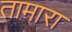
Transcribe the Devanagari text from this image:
तामारा